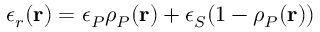
\epsilon _ { r } ( { \bf r } ) = \epsilon _ { P } \rho _ { P } ( { \bf r } ) + \epsilon _ { S } ( 1 - \rho _ { P } ( { \bf r } ) )